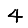
Digit: 4